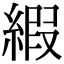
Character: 縀